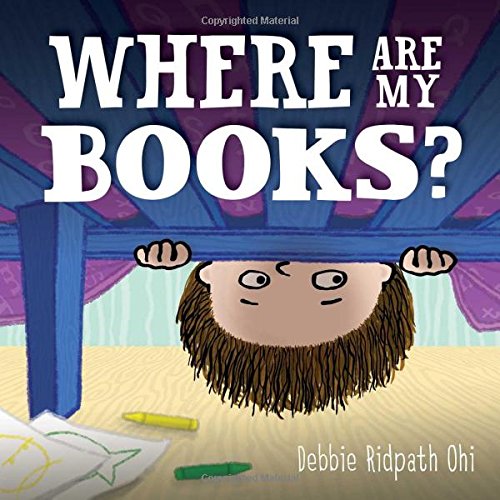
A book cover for Where Are My Books?; Debbie Ridpath Ohi; Children's Books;